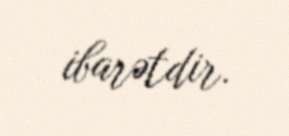
ibarətdir.